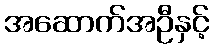
အဆောက်အဦနှင့်